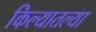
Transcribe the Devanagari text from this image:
किल्यातल्या